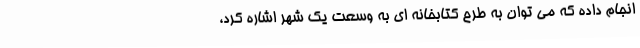
انجام داده که می توان به طرح کتابخانه ای به وسعت یک شهر اشاره کرد،